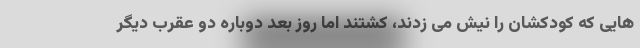
هایی که کودکشان را نیش می زدند، کشتند اما روز بعد دوباره دو عقرب دیگر